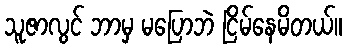
သူဇာလွင် ဘာမှ မပြောဘဲ ငြိမ်နေမိတယ်။